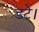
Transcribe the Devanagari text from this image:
डटे।